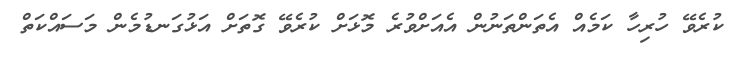
ކުރެވޭ ހުރިހާ ކަމެއް އެތަންތަނުން އެއަށްވުރެ މޮޅަށް ކުރެވޭ ގޮތަށް އަޅުގަނޑުމެން މަސައްކަތް